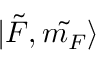
| \Tilde { F } , \Tilde { m _ { F } } \rangle